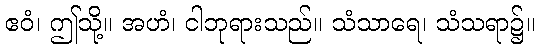
ဧဝံ၊ ဤသို့။ အဟံ၊ ငါဘုရားသည်။ သံသာရေ၊ သံသရာ၌။